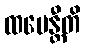
ထပေန္တီတိ